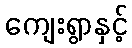
ကျေးရွာနှင့်